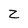
Character: Z